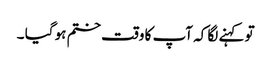
تو کہنے لگا کہ آپ کا وقت ختم ہو گیا ۔